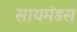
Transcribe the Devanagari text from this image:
सायमंडस